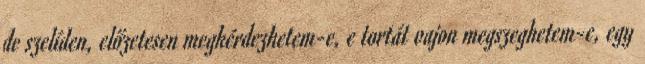
de szelíden, előzetesen megkérdezhetem-e, e tortát vajon megszeghetem-e, egy